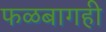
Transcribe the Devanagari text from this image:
फळबागही